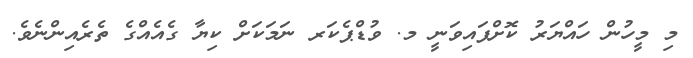
މި މީހުން ހައްޔަރު ކޮށްފައިވަނީ މ. ވުޑްޕެކަރ ނަމަކަށް ކިޔާ ގެއެއްގެ ތެރެއިންނެވެ.